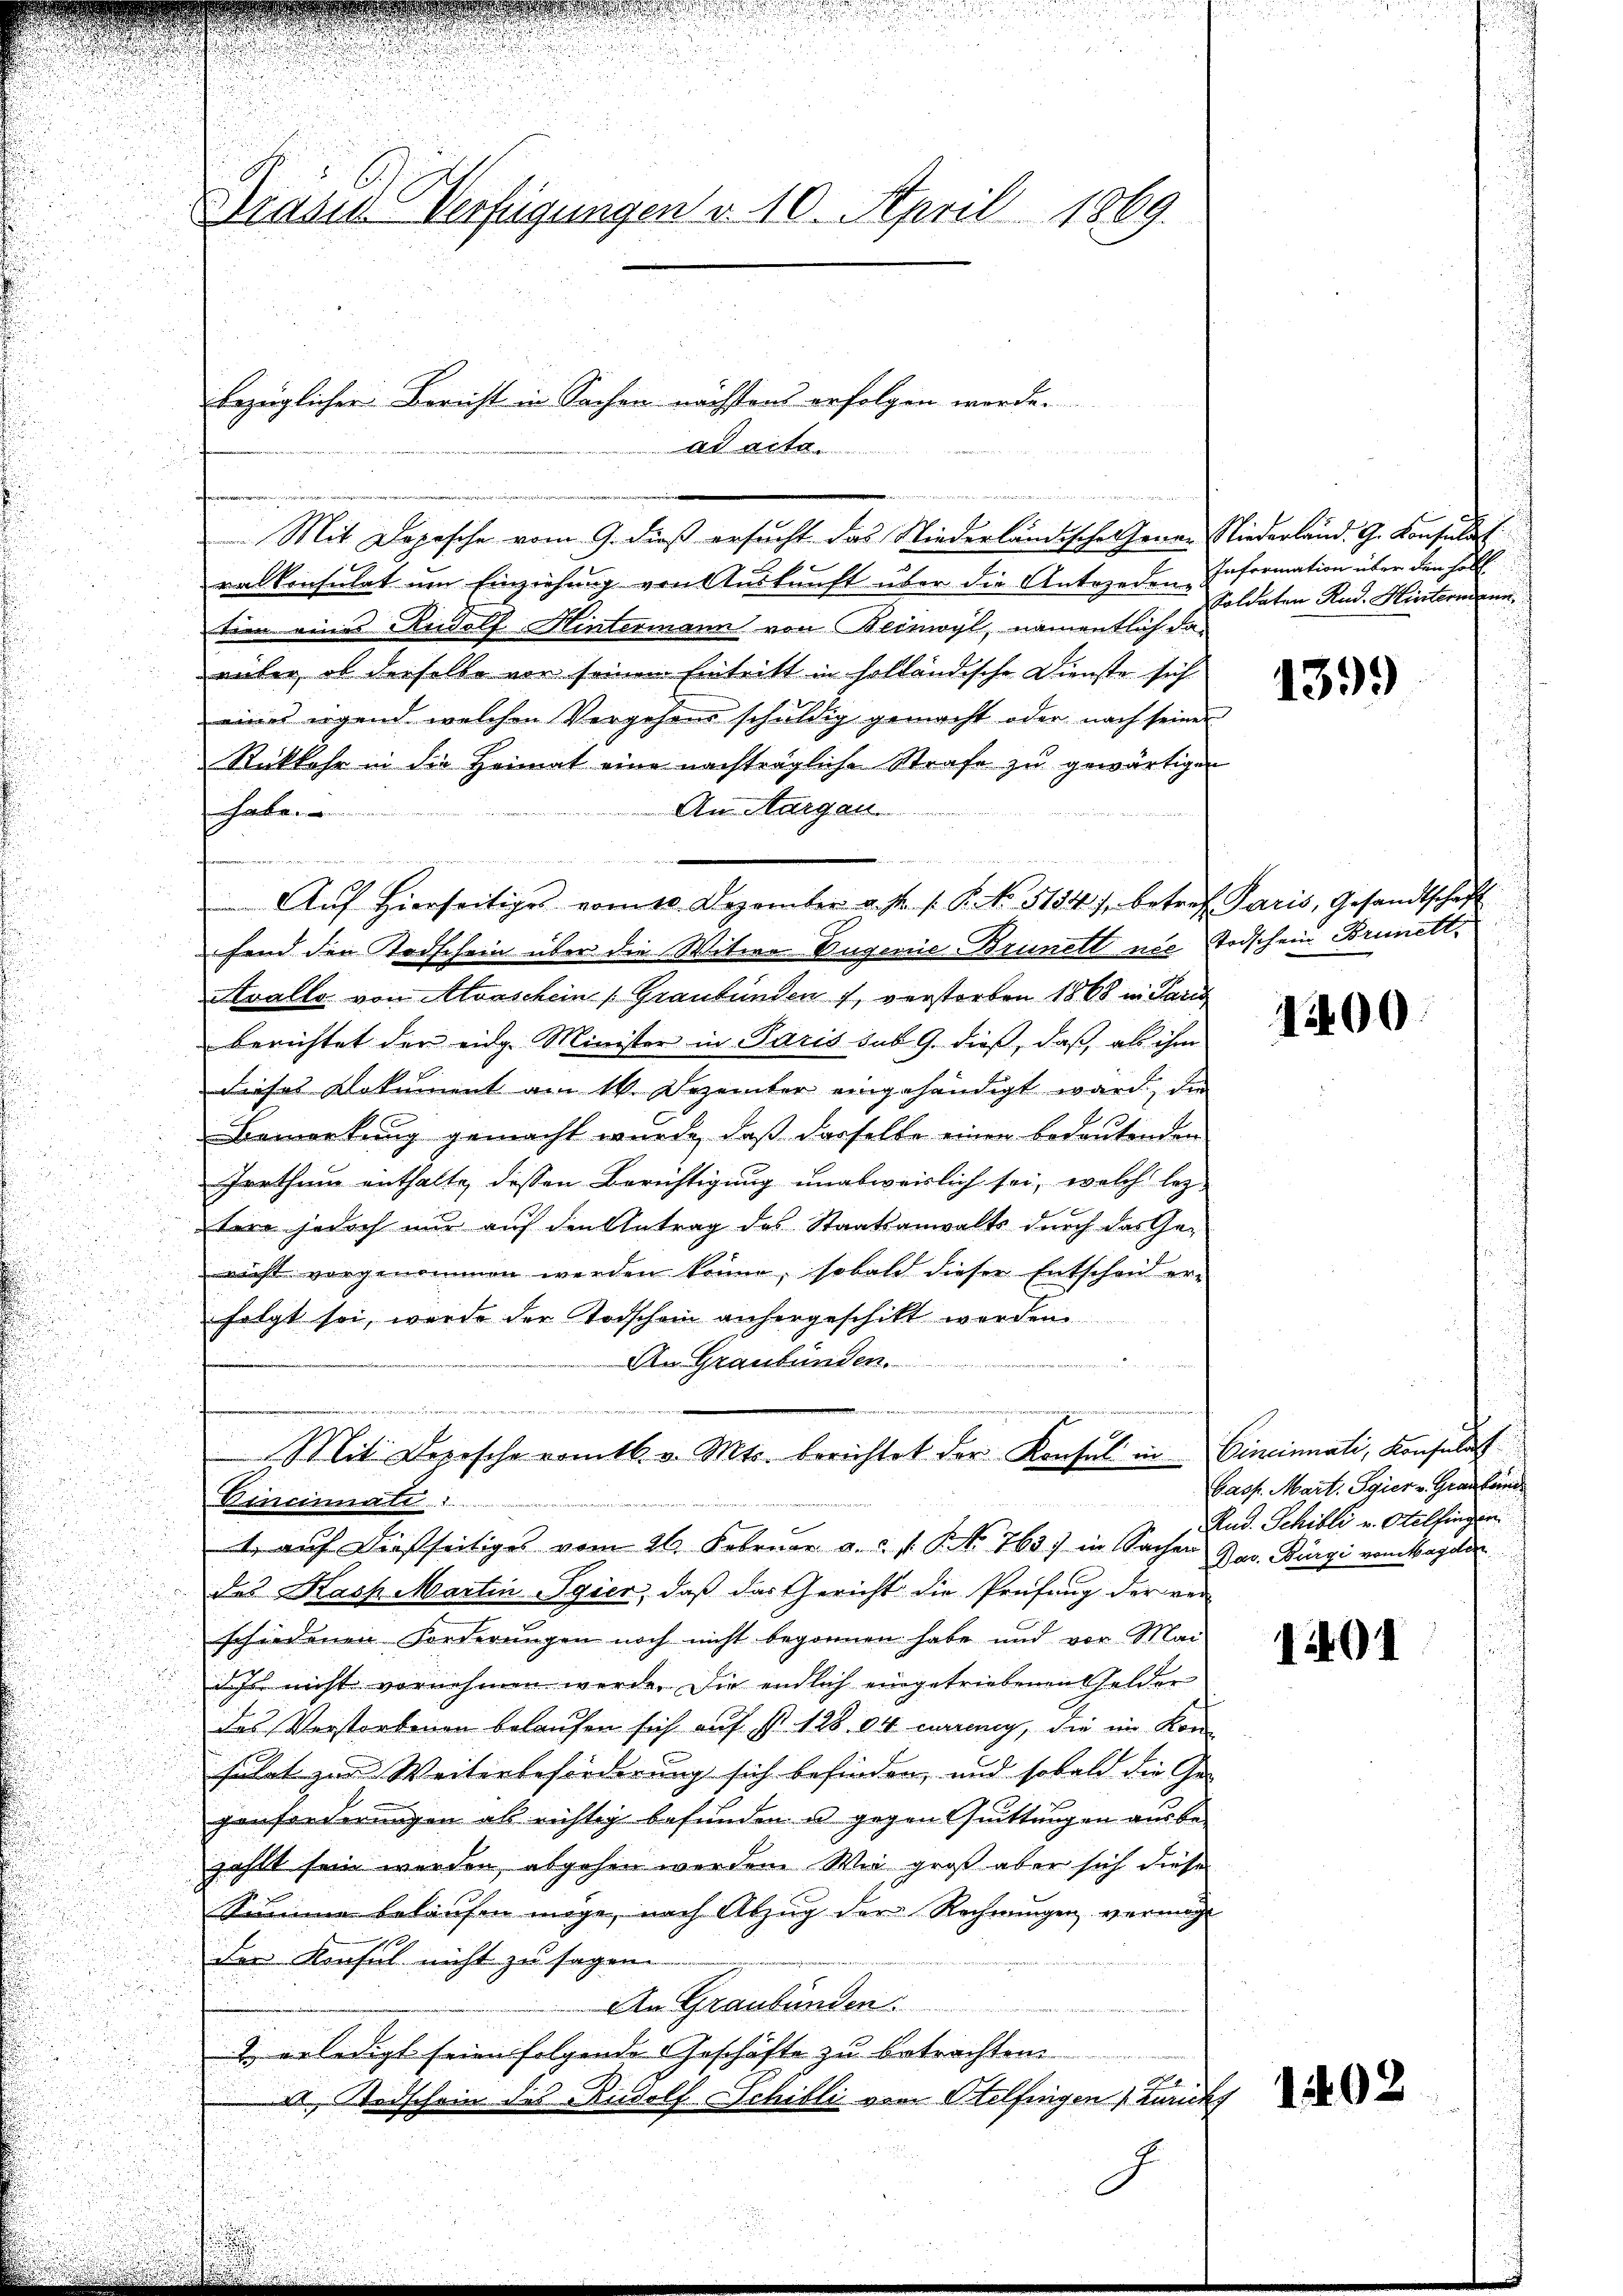
Brand Verfügungen v. 10. April 1869.

bezüglicher Bericht in Sachen nächstens erfolgen werde.
ad acte.

n
Mit Depesche vom 9. dieß ersucht das Niederländisches Herrn Niederland. G. Konsulat
ralkonsulat um Einziehung von Auskunft über die Antojeden Information über den Fäll
tien eines Rudolf Hintermann von Beinwyl, namentlich daväter, ob derselbe vor seinem Eintritt in holländische Dienste sich
eines irgend welchen Vergehens schuldig gemacht oder nach seiner
Rückkehr in die Heimat eine nachträgliche Strafe zu gewärtigen
An Margau
habe
n
fend den Todschein über die Witwe Eugenie Brünett nie Todschein Brunett,
Avallo von Morschein Graubünden 1, verstorben 1868 in Paris
berichtet der eidg. Minister in Paris des 9. dieß, daß als ihm
dieses Dokument am 14. Dezember eingehändigt ward, die
Bemerkung gemacht wurde, daß derselbe einen bedeutenden
Irrthum enthalte, dessen Berichtigung unabweislich sei, welch letz-
tere jedoch nur auf den Antrag des Staatsanwalts durch das Gericht vorgenommen werden könne, sobald dieser Entscheid erfolgt sei, wurde der Todschein anhergeschikt werden
An Graubünden.

Aŭf Hierseitiges vom 10. Dezember a. s. f. P. Nr. 5134 f. betref Paris, Gesandtschaft

Mit Depesche romtb. v. Mts. berichtet der Konsul in
Vincinati

1. auf dießseitiges vom 26. Februar a.c. s. NNo. 763. in Sacher Jav. Bürgi vom Magden
des Kasp. Martin Egier, daß das Gericht die Prüfung der ver-
schiedenen Forderungen noch nicht begonnen habe und vor Mai-
d Ich nicht vornehmen werde. Die endlich eingetriebenen Felder
das Verstorbenen belaufen sich auf S. 12804 warung, die im Kon-
sulat zur Weiterbeförderung sich befinden, und sobald die Ge-
genforderungen als richtig befunden u gegen Quittungen aus be-
zählt sein werden, abgehen werden. Wie groß aber sich diese
Summe belaufen möge, nach Abzug der Rechnungen vermöcht
der Konsul nicht zu sagen.
An Graubünden.
 erledigt seien folgende Geschäfte zu betrachten.
a Radschein des Rudolf Schilli von Otelfingen Zurichs
J

Soldaten Rud. Hintermann

1399

1400.

Cincinati, Konsulat
bass. Mart. Egier v. Grau konn
Rud. Schilli v. Otelfingen.

1401

1402